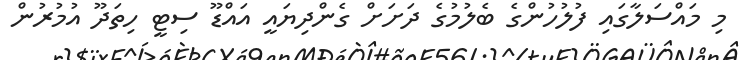
މި މައްސަލާގައި ފުލުހުންގެ ބެލުމުގެ ދަށަށް ގެންދިޔައީ އައްޑޫ ސިޓީ ހިތަދޫ އުމުރުން